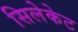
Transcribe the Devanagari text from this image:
सिलेकेट